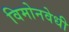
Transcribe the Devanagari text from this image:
विमोनवेधी